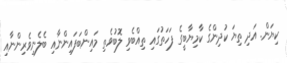
ކިޔަން. އަދި ތިޔަ ކުދިންގެ ކާމިޔާބީގެ ފަހަތުގައި ތިއްބެވި ލޮބުވެތި މައިންބަފައިންނާއި ބެލެނިވެރިންނާއި